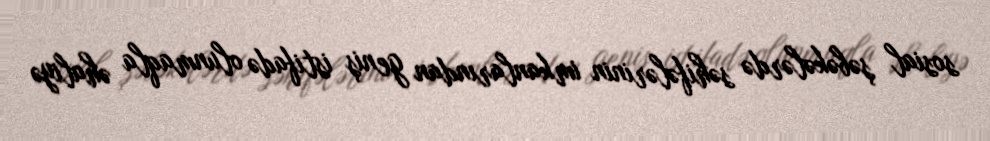
sosial şəbəkələrdə səhifələrinin imkanlarından geniş istifadə olunmaqla əhaliyə